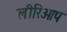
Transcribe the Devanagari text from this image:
लीरिओप